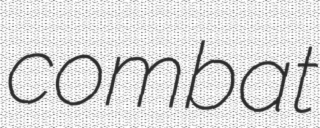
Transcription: combat